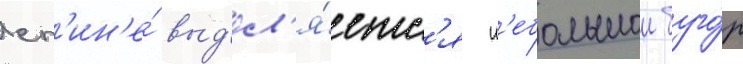
сп'ин'е́ выд'ел'я́етс'я н'ебольшои буго́р